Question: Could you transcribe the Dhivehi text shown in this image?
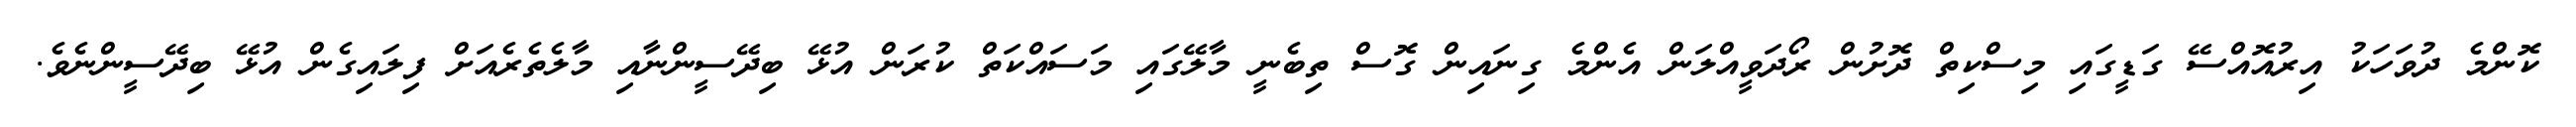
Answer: ކޮންމެ ދުވަހަކު އިރުއޮއްސޭ ގަޑީގައި މިސްކިތް ދޮށުން ރޯދަވީއްލަން އެންމެ ގިނައިން ގޮސް ތިބެނީ މާލޭގައި މަސައްކަތް ކުރަން އުޅޭ ބިދޭސީންނާއި މާލެތެރެއަށް ފިލައިގެން އުޅޭ ބިދޭސީންނެވެ.